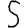
Digit: 5